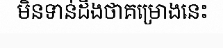
មិនទាន់ដឹងថាគម្រោងនេះ